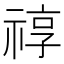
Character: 𥚠